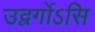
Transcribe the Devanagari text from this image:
उद्वर्गोऽसि